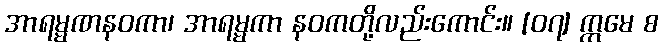
အာရမ္မဏနဝကာ၊ အာရမ္မကာ နဝကတို့လည်းကောင်း။ [၀၇] ဣမေ စ